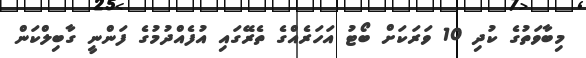
މިބާވަތުގެ ކުދި 10 ވަރަކަށް ބޯޓު އަހަރެއްގެ ތެރޭގައި އުފެއްދުމުގެ ފަންނީ ގާބިލްކަން